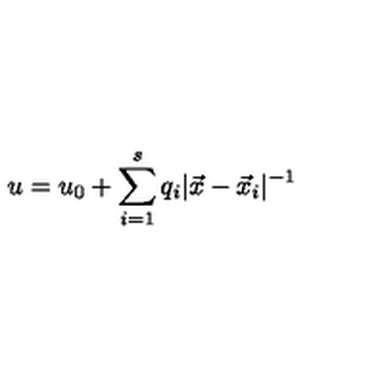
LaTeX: u = u _ { 0 } + \sum _ { i = 1 } ^ { s } q _ { i } | \vec { x } - \vec { x } _ { i } | ^ { - 1 }